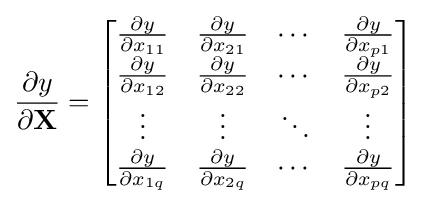
{\frac {\partial y}{\partial \mathbf {X} }}={\begin{bmatrix}{\frac {\partial y}{\partial x_{11}}}&{\frac {\partial y}{\partial x_{21}}}&\cdots &{\frac {\partial y}{\partial x_{p1}}}\\{\frac {\partial y}{\partial x_{12}}}&{\frac {\partial y}{\partial x_{22}}}&\cdots &{\frac {\partial y}{\partial x_{p2}}}\\\vdots &\vdots &\ddots &\vdots \\{\frac {\partial y}{\partial x_{1q}}}&{\frac {\partial y}{\partial x_{2q}}}&\cdots &{\frac {\partial y}{\partial x_{pq}}}\\\end{bmatrix}}